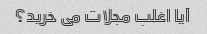
آیا اغلب مجلات می خرید؟